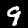
Digit: 9